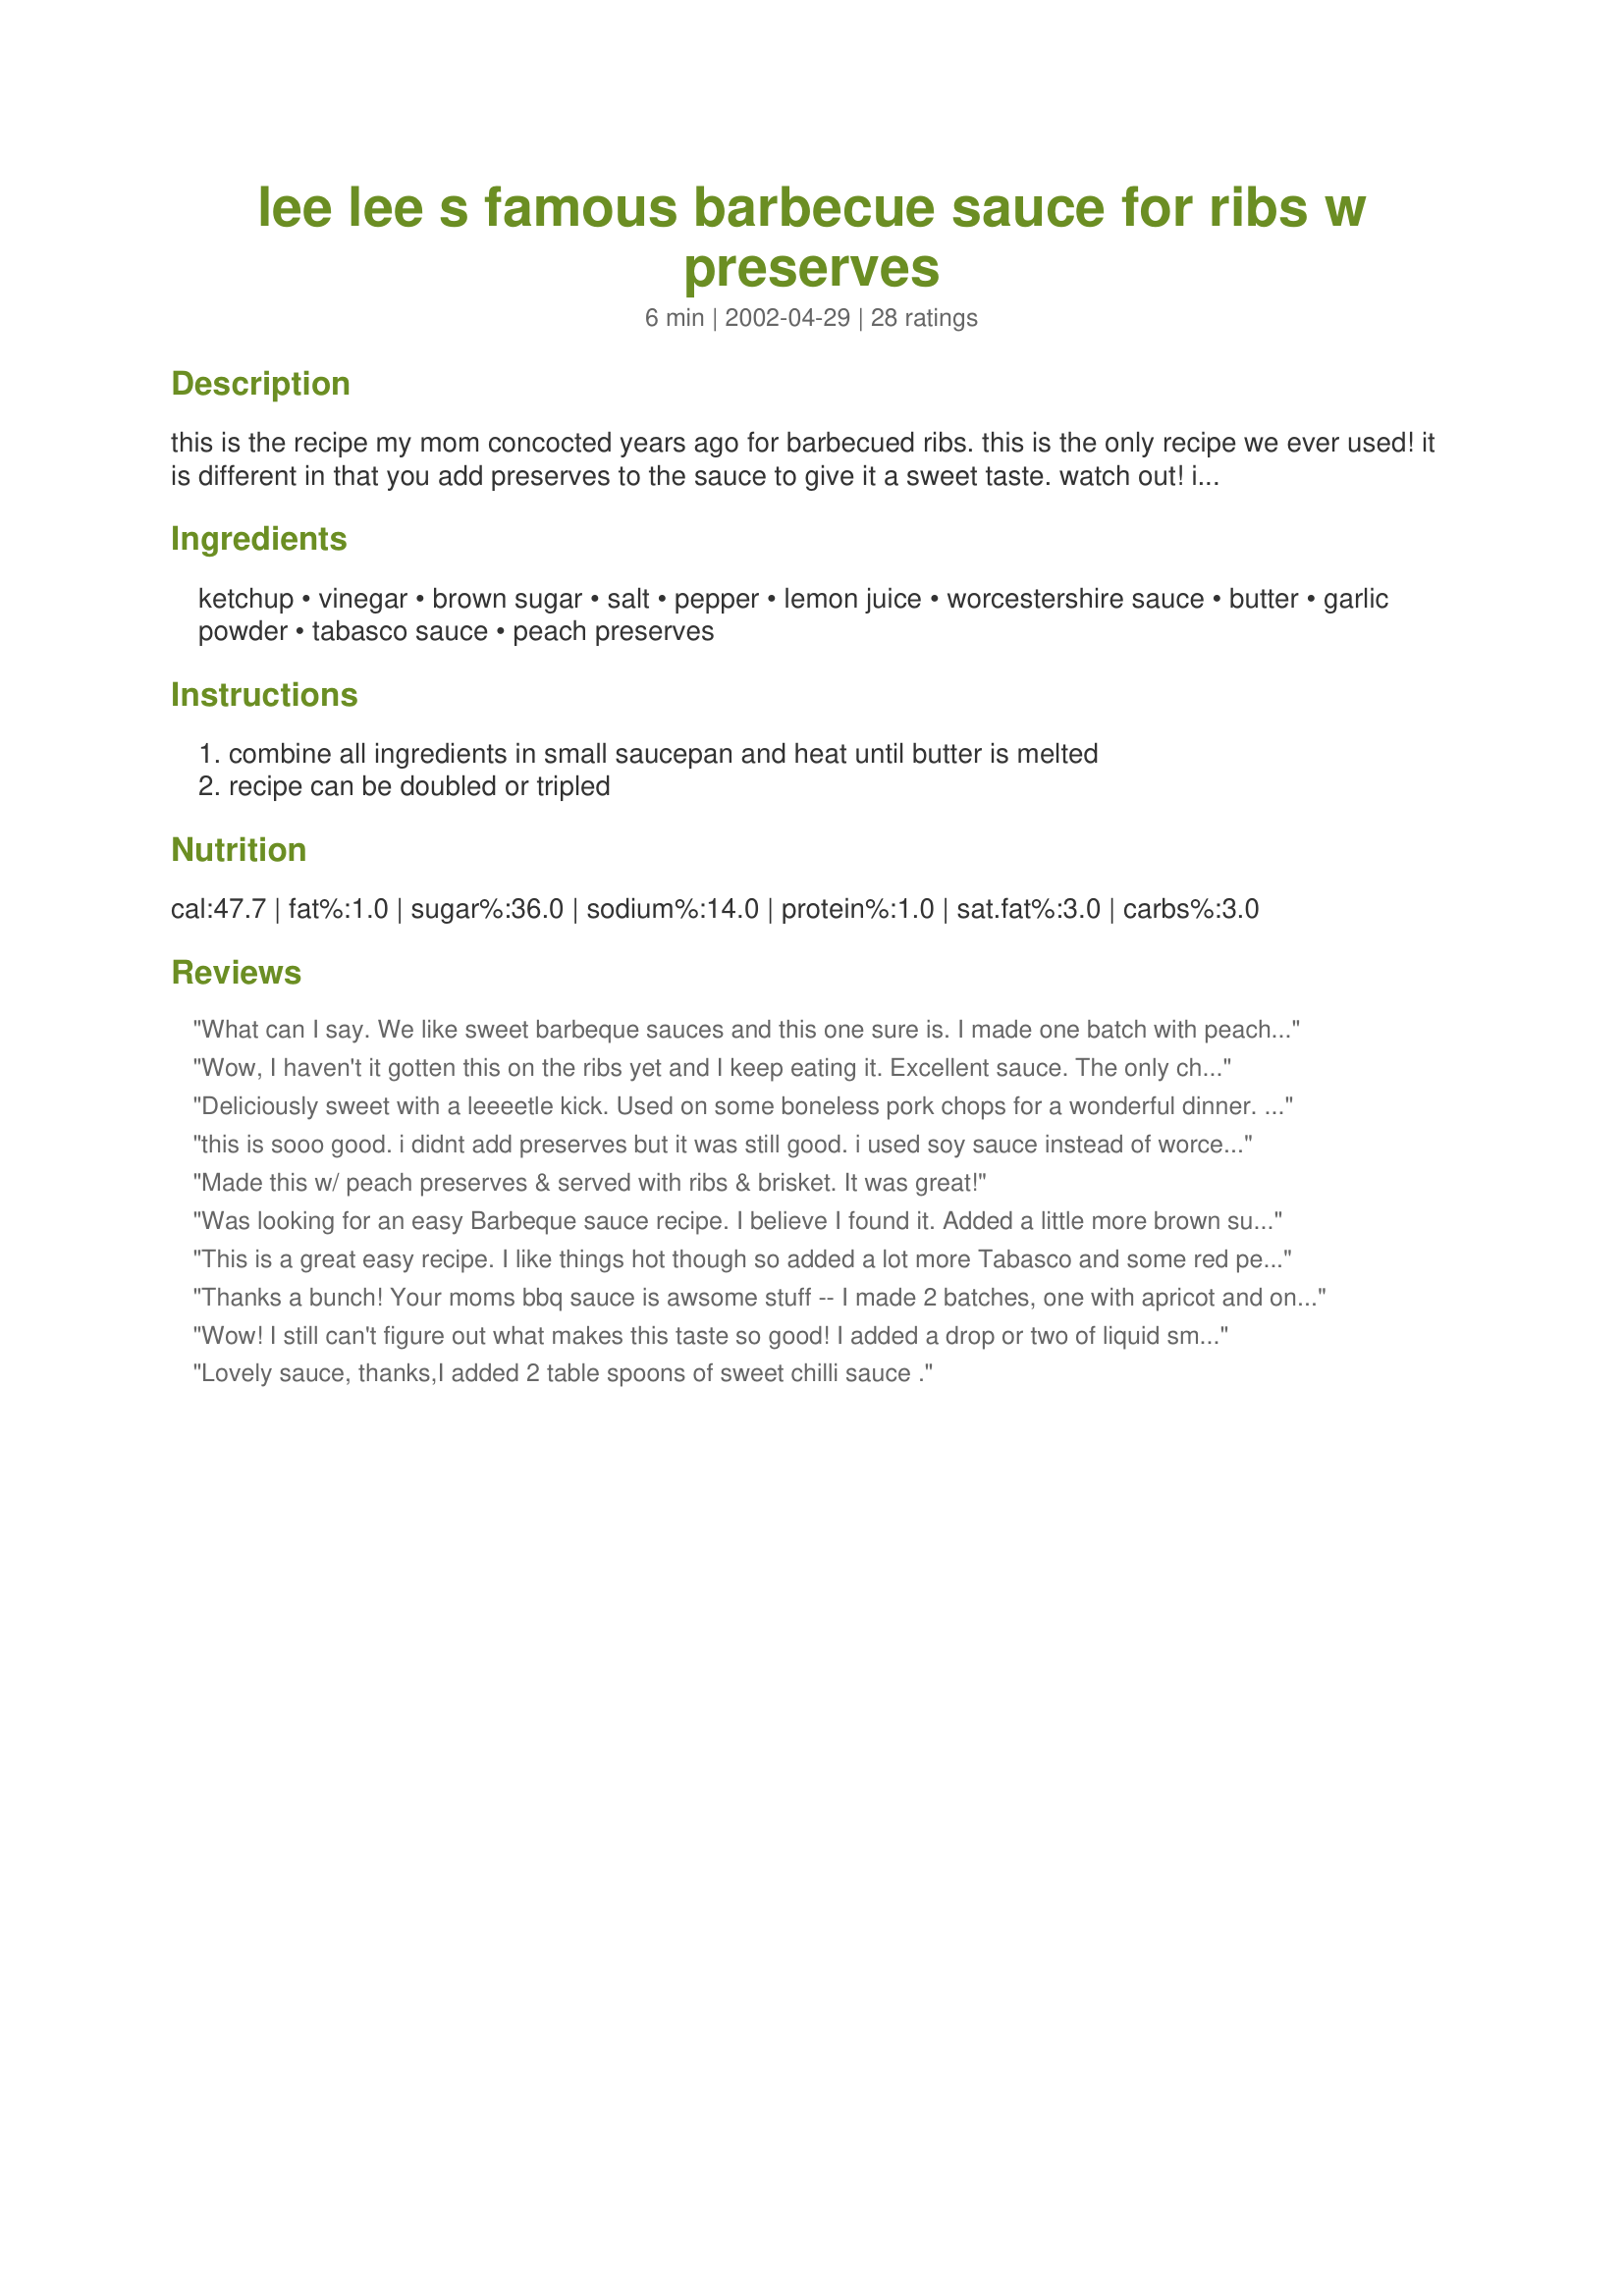
lee lee s famous barbecue sauce for ribs w preserves
Preparation time: 6 minutes

this is the recipe my mom concocted years ago for barbecued ribs. this is the only recipe we ever used! it is different in that you add preserves to the sauce to give it a sweet taste. watch out! it can become habit forming! the amount of preserves used would be determined by the amount of sauce made. for the recipe listed i would use enough preserves to make the sauce thick, probably about 1/2 to 3/4 of a small jar. you can use apricot or peach, whichever you have on hand or prefer. one tip for grilling: the sugar in the preserves tends to burn on the grill quickly. to avoid a real clean-up mess, use the sauce at the end of the grilling. when using this recipe for pulled pork, omit preserves -- this will give you the perfect sauce for pulled pork!

Ingredients:
ketchup, vinegar, brown sugar, salt, pepper, lemon juice, worcestershire sauce, butter, garlic powder, tabasco sauce, peach preserves

Steps:
combine all ingredients in small saucepan and heat until butter is melted, recipe can be doubled or tripled

Reviews:
What can I say. We like sweet barbeque sauces and this one sure is. I made one batch with peach preserves and it was enough to slather on one rack of ribs shortly before taking off the grill. Hubby said to give it 5 stars. Thanks for the recipe.
Wow, I haven't it gotten this on the ribs yet and I keep eating it. Excellent sauce. The only change I had was to use pineapple preserves as I didn't have peach or apricot in the pantry. Thank you for sharing this recipe.
Deliciously sweet with a leeeetle kick. Used on some boneless pork chops for a wonderful dinner. Good luck on the BBQ Sauce Contest, Bev.
this is sooo good. i didnt add preserves but it was still good. i used soy sauce instead of worcesterchire, and it was still good. i think the butter did it! =)
Made this w/ peach preserves & served with ribs & brisket. It was great!
Was looking for an easy Barbeque sauce recipe. I believe I found it. Added a little more brown sugar, and some honey was very good with a Roast Pork Loin. Thank you. Maryann
This is a great easy recipe. I like things hot though so added a lot more Tabasco and some red pepper flakes. Thanks!
Thanks a bunch! Your moms bbq sauce is awsome stuff -- I made 2 batches, one with apricot and one with grape jelly. Both were fantastic with the grape being a bit sweeter -- (but not as much as I would have thought). I really liked the way the lemon gave it fresh taste without taking away from the sweetness. As you warned tho, all the sugar does make it char very fast so brush it on at the very end and keep your eye on it!
Wow! I still can't figure out what makes this taste so good! I added a drop or two of liquid smoke and cannot believe how fast and easy this amazing sauce is. The perfect amount of spice and tang. Thanks for sharing!
Lovely sauce, thanks,I added 2 table spoons of sweet chilli sauce .
A basic, fairly competent sauce. Too much ketchup flavor. Not for me, thanks...
I think I'm addicted! I made it to the letter, and glad I doubled it. Thank you for the recipe. It's a KEEPER. It is sooo easy to make, and all the ingredients are easily found right in your kitchen, nothing to shop for. I had apricot preserves from a christmas present but from now on it will be on hand also. My Dh bought barbecue sauce in a jar, which is unopened and will stay that way. This is Delicious! I made it for oven ribs also. YUM YUM YUM
Bev, this sauce was outstanding, thank-you Bev's Mom!! and while I'm here Bev, thanks for putting me onto the dry heat pulled pork, what a difference!! I made three sauces to go with it, this one was a hit with everyone! We didn't use preserves, will try them next time. I particularly like the fact that there was not a lot of sugar, some others are a bit sweet for me.
We loved the combination of flavours,the lemon was nice rather than a lot of vinegar and the butter really smoothed it out!! I will use this as a regular sauce to do all kinds of meats, thanks for sharing an outstanding recipe!!
WOWEE! This is a superb recipe - the sauce is not too sweet and it is soooo delicious! I have a sauce recipe I have used for many many years, but this is the one I will use from now on. Used orange marmalade instead of the peach or apricot preserves (had none) and it was great! Used it on barbecued ribs. Will definitely go into my favorite recipe file! Thanks so much for sharing, Bev.
AWESOME!! my kitchen smelled so yummy while cooking. I doubled the recipe and put it in a crock pot with beef boneless ribs. I didn't have Worcestershire sauce or tabasco. I have bufflo wing sauce so I used that. Tasted great!!!
Oh wow!!! This is yummy! Made a batch for me & dh to have with mean's pulled pork. I made half with the preserves (because I like it sweet) and half without (cause dh don't) and it was just too yummy. Me & dh were both thrilled with our sauces. Thanks!!
Great BBQ sauce. I used this on my oven baked spareribs last night and it was a success! I did use Saucy Susan in place of the perserves (didn't have anything else on hand) which worked great. The sauce had a perfect balance of sweet and tang! I will definitely use this recipe again. Thanks for the winner!
This sauce was just excellent.
This is terrific. I put it on a pork shoulder that I grilled outside and it was just awesome.
This was good sauce. I didn't use preserves. Instead, I added maple syrup (I thought about trying honey next time). I will cut the vinegar in half next time too. Other than the vinegar being a bit too much for me, the sauce was great!!!!
I used strawberry preserves. DH liked it, but I really thought that it was missing something. Will make again to see if the second time is a charm.
The key to using this sauce and not having it burn is put on a thin coat about half way through cooking, then again about 10 minutes before you take it off the grill, and cook it low and slow! Delicious sauce! We used it on some ribs we had last week. We are dying to have it again on some chicken.
Just made this sauce! So incredibly amazing - I am shocked how good it is.
I make ribs every Sunday during the warm weather months and experiment with sauces. I keep coming back to this one as really good when I am short on time. I have made it at least five times and used a different jelly or preserve each time. I love it with pepper jelly because we like spicy. I used up some habenjaro peach jam that I was given once as a gift. Wonderful! Thanks so much for this recipe, this is quicker than a trip to the store and so much better.
I've often used pepper jellies as a glaze on ribs, but now this is my rib glaze. Wow! Delicious. I followed the recipe fairly well and used peach preserves (I'm from Georgia, you know).
I used this on ribs. First used a "Famous Daves" rub and put it in the fridge for 2 hours then smoked and grilled the ribs. I put the sauce on last as a baste and then brushed it on liberally before serving. Everyone loved it. Next I try chicken as it was suggested the sweet sauce would be perfect on chicken.
Yumm! I needed a quick sauce recipe when I realized we were out and I was making #61076. Since I was grilling, I added a dash of liquid smoke and it was spectacular. Thanks Bev!
Very simple to make yet very flavorful. It was nice not having to go to the grocery store to buy any special ingredients...everything we needed was in the fridge or pantry. We like a little kick to our sauce so we added some red pepper flakes, powder red pepper, and cayenne pepper to taste. We also added some crushed pineapple to give the sauce some more fruitiness and texture. Served it as a sauce for pulled pork shoulder...AWESOME!!!

Thanks!
